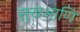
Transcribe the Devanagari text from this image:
सुखआणि